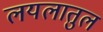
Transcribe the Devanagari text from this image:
लयलातुल